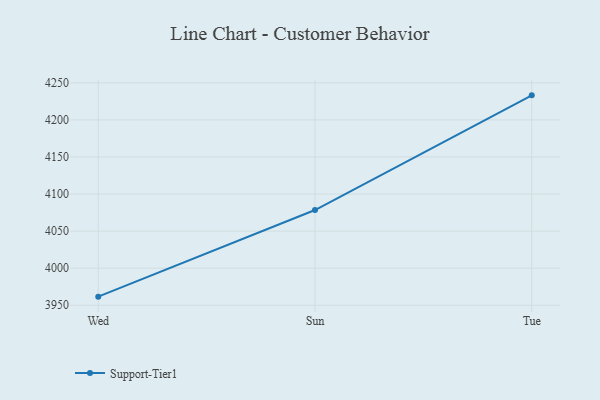
{"axis": {"x": "Day", "y": "Inventory Turnover"}, "legend": ["Support-Tier1"], "data": [{"x": "Wed", "y": 3961.6, "type": "Support-Tier1"}, {"x": "Sun", "y": 4078.4, "type": "Support-Tier1"}, {"x": "Tue", "y": 4233.1, "type": "Support-Tier1"}]}